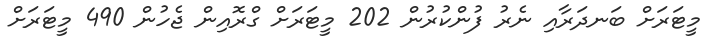
މީޓަރަށް ބަނދަރާއި ނެރު ފުންކުރުން 202 މީޓަރަށް ގްރޮއިން ޖެހުން 490 މީޓަރަށް